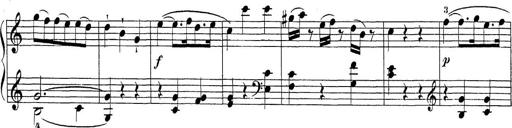
Title: Sonatina Album
Composer: Louis KÃ¶hler